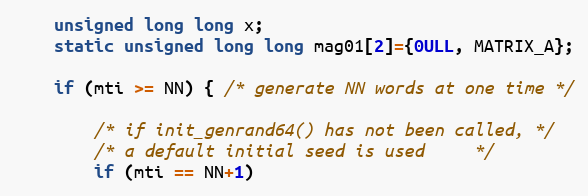
Language: C
    unsigned long long x;
    static unsigned long long mag01[2]={0ULL, MATRIX_A};

    if (mti >= NN) { /* generate NN words at one time */

        /* if init_genrand64() has not been called, */
        /* a default initial seed is used     */
        if (mti == NN+1)